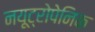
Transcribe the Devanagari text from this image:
नयूट्रोपेनिक